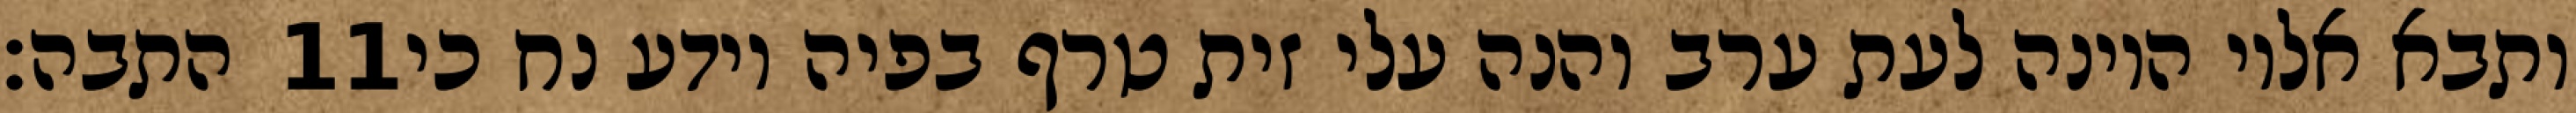
התבה׃ ‎11‏ ותבא אליו היונה לעת ערב והנה עלי זית טרף בפיה וידע נח כי